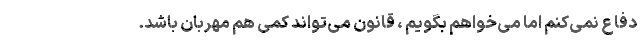
دفاع نمی‌کنم اما می‌خواهم بگویم ، قانون می‌تواند کمی هم مهربان باشد.